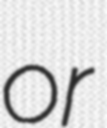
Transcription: or